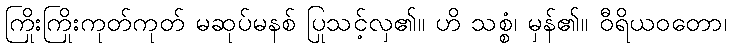
ကြိုးကြိုးကုတ်ကုတ် မဆုပ်မနစ် ပြုသင့်လှ၏။ ဟိ သစ္စံ၊ မှန်၏။ ဝီရိယဝတော၊